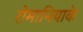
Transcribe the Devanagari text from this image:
रोमानियाके